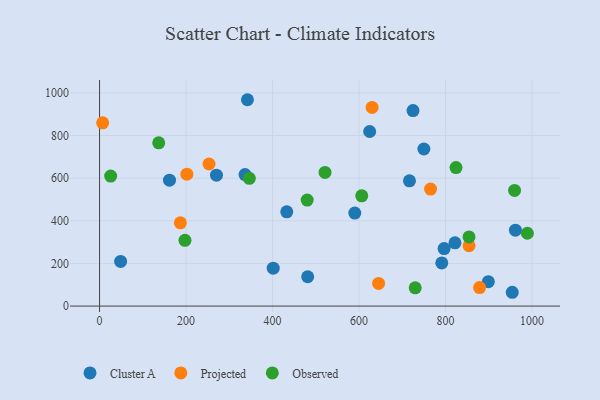
{"axis": {"x": "Price", "y": "Fuel Efficiency"}, "legend": ["Cluster A", "Observed", "Projected"], "data": [{"x": "821.7", "y": 296.8, "type": "Cluster A"}, {"x": "796.6", "y": 269.9, "type": "Cluster A"}, {"x": "716.5", "y": 587.4, "type": "Cluster A"}, {"x": "481.2", "y": 137.6, "type": "Cluster A"}, {"x": "161.7", "y": 590.6, "type": "Cluster A"}, {"x": "624.5", "y": 819.0, "type": "Cluster A"}, {"x": "724.7", "y": 917.0, "type": "Cluster A"}, {"x": "432.8", "y": 442.0, "type": "Cluster A"}, {"x": "48.7", "y": 209.5, "type": "Cluster A"}, {"x": "590.1", "y": 436.5, "type": "Cluster A"}, {"x": "791.2", "y": 202.5, "type": "Cluster A"}, {"x": "961.5", "y": 356.2, "type": "Cluster A"}, {"x": "336.3", "y": 616.7, "type": "Cluster A"}, {"x": "401.5", "y": 177.6, "type": "Cluster A"}, {"x": "898.8", "y": 114.6, "type": "Cluster A"}, {"x": "954.1", "y": 64.7, "type": "Cluster A"}, {"x": "749.8", "y": 737.0, "type": "Cluster A"}, {"x": "270.3", "y": 613.9, "type": "Cluster A"}, {"x": "341.9", "y": 968.1, "type": "Cluster A"}, {"x": "645.1", "y": 106.1, "type": "Projected"}, {"x": "7.1", "y": 859.6, "type": "Projected"}, {"x": "854.3", "y": 283.1, "type": "Projected"}, {"x": "201.9", "y": 618.9, "type": "Projected"}, {"x": "765.3", "y": 548.8, "type": "Projected"}, {"x": "186.8", "y": 390.5, "type": "Projected"}, {"x": "253.1", "y": 666.6, "type": "Projected"}, {"x": "878.6", "y": 86.9, "type": "Projected"}, {"x": "630.1", "y": 932.1, "type": "Projected"}, {"x": "729.7", "y": 85.5, "type": "Observed"}, {"x": "606.2", "y": 517.3, "type": "Observed"}, {"x": "25.7", "y": 609.8, "type": "Observed"}, {"x": "480.0", "y": 497.5, "type": "Observed"}, {"x": "959.5", "y": 542.6, "type": "Observed"}, {"x": "854.2", "y": 324.4, "type": "Observed"}, {"x": "521.3", "y": 627.0, "type": "Observed"}, {"x": "197.5", "y": 308.3, "type": "Observed"}, {"x": "136.8", "y": 765.8, "type": "Observed"}, {"x": "989.1", "y": 341.7, "type": "Observed"}, {"x": "824.1", "y": 649.9, "type": "Observed"}, {"x": "346.3", "y": 599.1, "type": "Observed"}]}